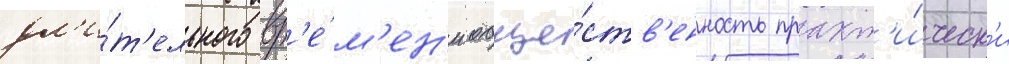
дл'и́т'ельного вр'е́м'ен'и обще́ств'енность практ'и́ческ'и